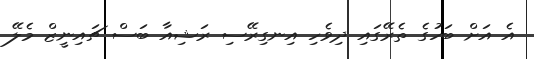
އެ އަށް ބަހުގެ ތެރޭގައި ދިވެހި އިނގިރޭސި ރަޝިއާ ބަސް ޗައިނީޒް މެލޭ